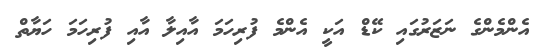
އެންމެންގެ ނަޒަރުގައި ކޭޑް އަކީ އެންމެ ފުރިހަމަ އާއިލާ އާއި ފުރިހަމަ ހަޔާތް